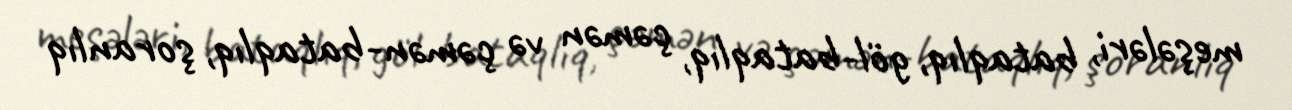
meşələri, bataqlıq, göl-bataqlıq, çəmən və çəmən-bataqlıq, şoranlıq